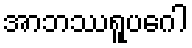
အာဘဿရူပဂေါ